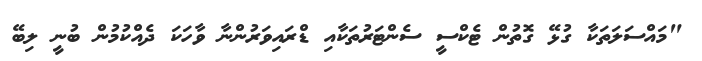
"މައްސަލަތަކާ ގުޅޭ ގޮތުން ޓެކްސީ ސެންޓަރުތަކާއި ޑްރައިވަރުންނާ ވާހަކަ ދެއްކުމުން ބުނީ ލިބޭ